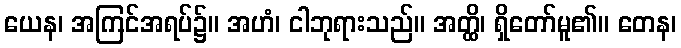
ယေန၊ အကြင်အရပ်၌။ အဟံ၊ ငါဘုရားသည်။ အတ္ထိ၊ ရှိတော်မူ၏။ တေန၊